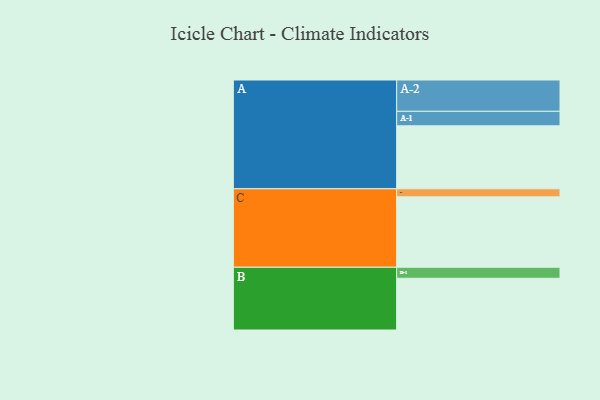
{"axis": {"x": "Segment", "y": "Value"}, "legend": ["", "A", "B", "C"], "data": [{"x": "A", "y": 499, "type": ""}, {"x": "B", "y": 410, "type": ""}, {"x": "C", "y": 558, "type": ""}, {"x": "A-1", "y": 115, "type": "A"}, {"x": "A-2", "y": 248, "type": "A"}, {"x": "B-1", "y": 87, "type": "B"}, {"x": "C-1", "y": 64, "type": "C"}]}